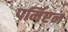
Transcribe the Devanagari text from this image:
पर्मिएन